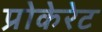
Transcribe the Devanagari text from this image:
प्रोकेरेट